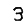
Digit: 3